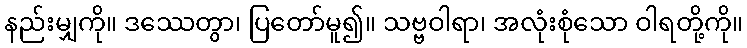
နည်းမျှကို။ ဒဿေတွာ၊ ပြတော်မူ၍။ သဗ္ဗဝါရာ၊ အလုံးစုံသော ဝါရတို့ကို။